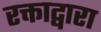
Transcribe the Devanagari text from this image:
रक्ताद्वारा